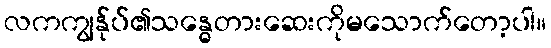
လကကျွန်ုပ်၏သန္ဓေတားဆေးကိုမသောက်တော့ပါ။